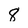
Character: 8